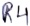
Text: R1